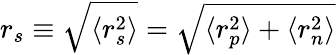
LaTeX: r_{s}\equiv\sqrt{\langle r_{s}^{2}\rangle}=\sqrt{\langle r_{p}^{2}\rangle+\langle r_{n}^{2}\rangle}